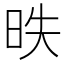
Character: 昳